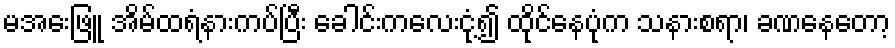
မအေးဖြူ အိမ်ထရံနားကပ်ပြီး ခေါင်းကလေးငုံ့၍ ထိုင်နေပုံက သနားစရာ၊ ခဏနေတော့